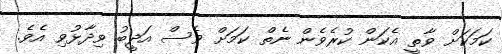
ކަމަކަށް ވާތީ އެކަން ކުރެވެން ނެތް ކަމަށް ވެސް އަދީބު ވިދާޅުވި އެވެ.